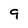
Character: 9